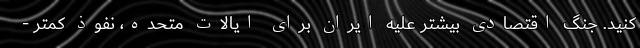
کنید. جنگ اقتصادی بیشتر علیه ایران برای ایالات متحده، نفوذ کمتر -